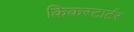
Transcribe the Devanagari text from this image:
किकस्टार्टर